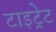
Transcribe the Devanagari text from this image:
टाइट्रेट